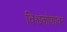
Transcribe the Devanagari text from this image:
विश्वकोशावर